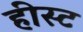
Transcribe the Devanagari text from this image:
हीस्ट